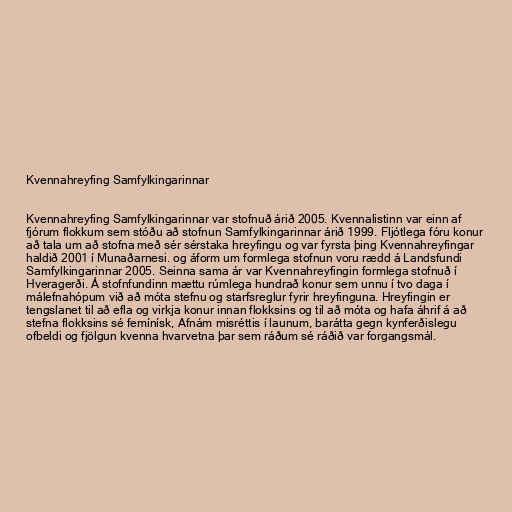
Kvennahreyfing Samfylkingarinnar

Kvennahreyfing Samfylkingarinnar var stofnuð árið 2005. Kvennalistinn var einn af
fjórum flokkum sem stóðu að stofnun Samfylkingarinnar árið 1999. Fljótlega fóru konur
að tala um að stofna með sér sérstaka hreyfingu og var fyrsta þing Kvennahreyfingar
haldið 2001 í Munaðarnesi. og áform um formlega stofnun voru rædd á Landsfundi
Samfylkingarinnar 2005. Seinna sama ár var Kvennahreyfingin formlega stofnuð í
Hveragerði. Á stofnfundinn mættu rúmlega hundrað konur sem unnu í tvo daga í
málefnahópum við að móta stefnu og starfsreglur fyrir hreyfinguna. Hreyfingin er
tengslanet til að efla og virkja konur innan flokksins og til að móta og hafa áhrif á að
stefna flokksins sé femínísk, Afnám misréttis í launum, barátta gegn kynferðislegu
ofbeldi og fjölgun kvenna hvarvetna þar sem ráðum sé ráðið var forgangsmál.